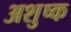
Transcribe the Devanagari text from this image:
अशुष्क